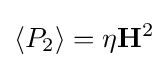
\langle P_{2}\rangle =\eta \mathbf {H} ^{2}